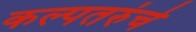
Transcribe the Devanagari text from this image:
कल्पतरुंचे